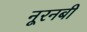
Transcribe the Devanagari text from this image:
नूरनबी